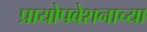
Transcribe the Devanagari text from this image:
प्रायोपवेशनाच्या